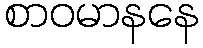
စာဝမာနနေ